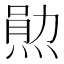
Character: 𬊫